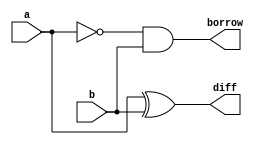
module halfsub(a,b,diff,borrow);
input a,b;
output diff,borrow;

xor i1(diff, a,b);
and i2(borrow, ~a,b);
endmodule

module fullsub_using_half(a,b,c,diff,borrow);
input a,b,c;
output diff,borrow;
wire w1,w2,w3;

halfsub i3(a,b,w1,w2);
halfsub i4(w1, c, diff, w3);
or i5(borrow, w2, w3);

endmodule

module test;
reg a,b,c;
wire diff,borrow;

fullsub_using_half i(a,b,c,diff ,borrow);
initial begin
  a=1'b0;
  b=1'b0;
  c=1'b0;
  $monitor("Time :%f, a=%b, b=%b, c=%b, diff=%b, borrow=%b",$time, a,b,c,diff,borrow);
  #5 a=1'b0; b=1'b0; c=1'b0;
  #5 a=1'b0; b=1'b0; c=1'b1;
  #5 a=1'b0; b=1'b1; c=1'b0;
  #5 a=1'b0; b=1'b1; c=1'b1;
  #5 a=1'b1; b=1'b0; c=1'b0;
  #5 a=1'b1; b=1'b0; c=1'b1;
  #5 a=1'b1; b=1'b1; c=1'b0;
  #5 a=1'b1; b=1'b1; c=1'b1;
end
endmodule